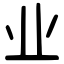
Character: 业